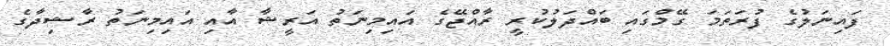
ފައިނަލުގެ ފުރަތަމަ ގޭމްގައި ބައްދަލުކުރީ ރާއްޖޭގެ އައިމިނަތު އަރީޝާ އާއި އައިމިނަތު ރާޝިދާގެ